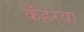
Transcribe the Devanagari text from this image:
कँहरवा